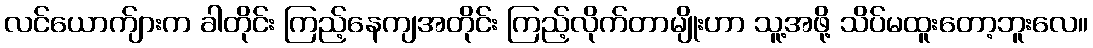
လင်ယောက်ျားက ခါတိုင်း ကြည့်နေကျအတိုင်း ကြည့်လိုက်တာမျိုးဟာ သူ့အဖို့ သိပ်မထူးတော့ဘူးလေ။